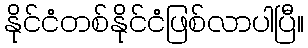
နိုင်ငံတစ်နိုင်ငံဖြစ်လာပါပြီ။